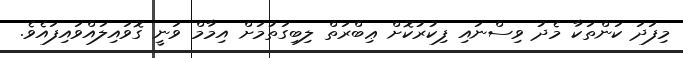
މިފަދަ ކަންތަކާ މެދު ވިސްނައި ފިކުރުކޮށް ޢިބްރަތް ލިބިގަތުމަށް އިމާމް ވަނީ ގޮވައިލައްވައިފައެވެ.